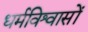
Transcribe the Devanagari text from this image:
धर्मविश्वासों